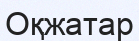
Оқжатар